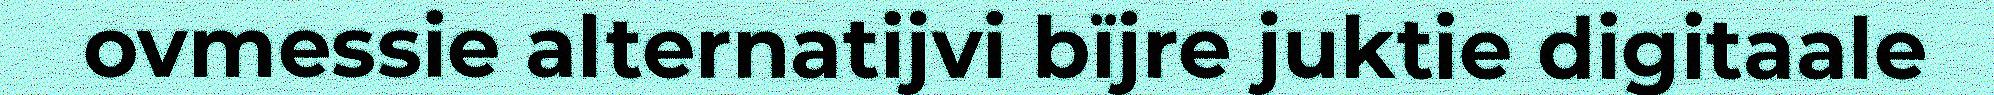
ovmessie alternatijvi bïjre juktie digitaale